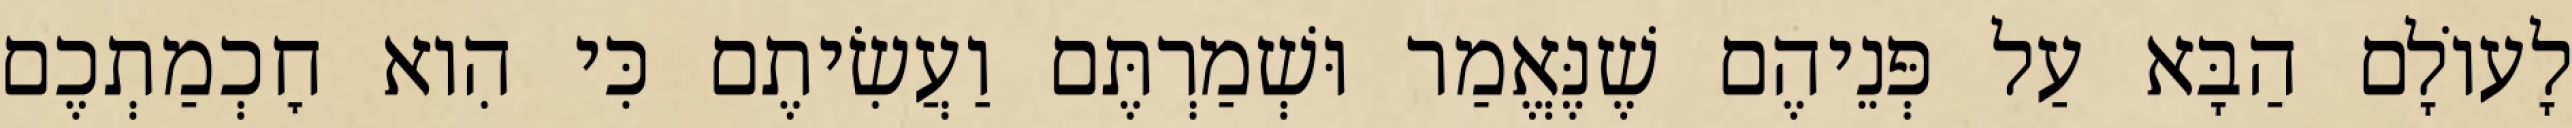
לָעוֹלָם הַבָּא עַל פְּנֵיהֶם שֶׁנֶּאֱמַר וּשְׁמַרְתֶּם וַעֲשִׂיתֶם כִּי הִוא חׇכְמַתְכֶם